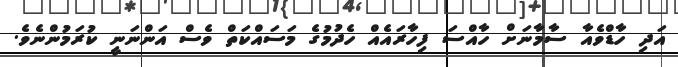
އަދި ހާޑްވެއާ ސާމާނަށް ހާއްސަ ފިހާރައެއް ހެދުމުގެ މަސައްކަތް ވެސް އަންނަނީ ކުރަމުންނެވެ.